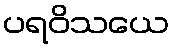
ပရဝိသယေ